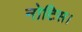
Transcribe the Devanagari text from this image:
नोटिस।